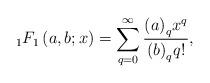
LaTeX: \begin{align*}{}_1{F_1}\left( {a,b;x} \right) = \sum\limits_{q = 0}^\infty {\frac{{{{\left( a \right)}_q}{x^q}}}{{{{\left( b \right)}_q}q!}}},\end{align*}